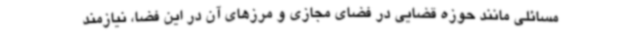
مسائلی مانند حوزه قضایی در فضای مجازی و مرزهای آن در این فضا، نیازمند